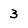
Character: 3